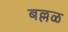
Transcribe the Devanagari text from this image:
बल्लळ